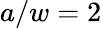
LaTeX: a/w=2